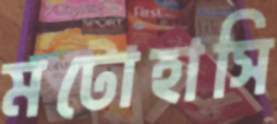
মটোহাসি